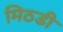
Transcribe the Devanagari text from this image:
मिठडी